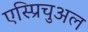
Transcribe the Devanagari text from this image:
एस्प्रिचुअल